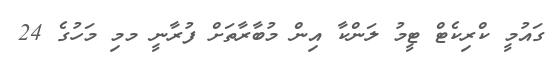
ގައުމީ ކްރިކެޓް ޓީމު ލަންކާ އިން މުބާރާތަށް ފުރާނީ މމި މަހުގެ 24